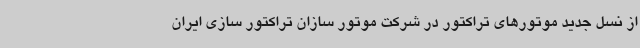
از نسل جدید موتورهای تراکتور در شرکت موتور سازان تراکتور سازی ایران